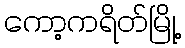
ကော့ကရိတ်မြို့